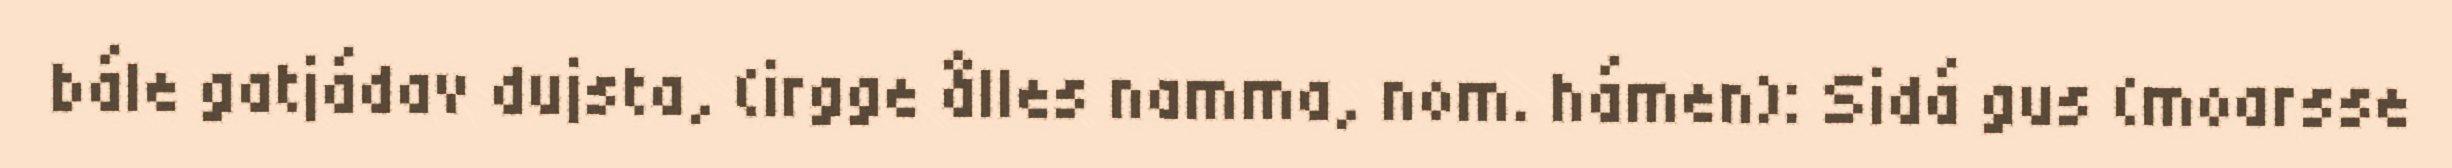
bále gatjádav dujsta, (irgge ålles namma, nom. hámen): Sidá gus (moarsse